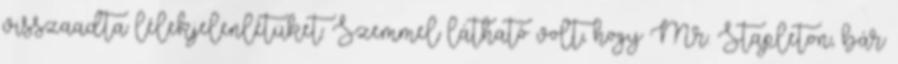
visszaadta lélekjelenlétüket. Szemmel látható volt, hogy Mr. Stapleton, bár